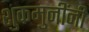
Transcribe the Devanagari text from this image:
शुकमुनींनी